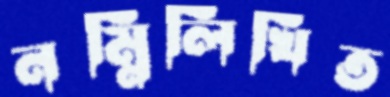
নম্নিলিখিত